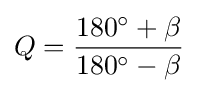
Q={\frac {180^{\circ }+\beta }{180^{\circ }-\beta }}